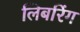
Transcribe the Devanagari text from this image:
लिबरिंग